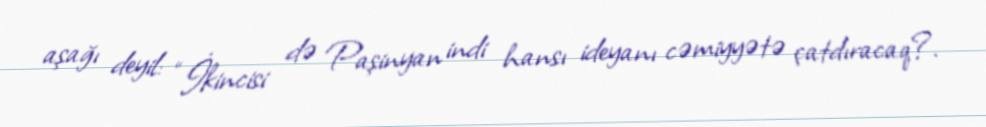
aşağı deyil: “İkincisi də Paşinyan indi hansı ideyanı cəmiyyətə çatdıracaq?.